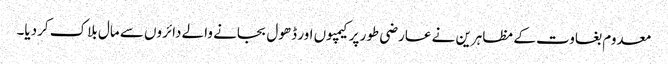
معدوم بغاوت کے مظاہرین نے عارضی طور پر کیمپوں اور ڈھول بجانے والے دائروں سے مال بلاک کردیا۔